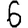
Digit: 6